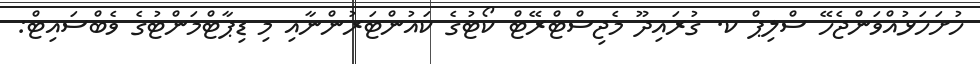
ހުށަހަޅުއްވަންޖެހޭ ސްލިޕް ކ. ގުރައިދޫ މެޖިސްޓްރޭޓް ކޯޓުގެ ކައުންޓަރުންނާއި މި ޑިޕާޓްމަންޓުގެ ވެބްސައިޓް: